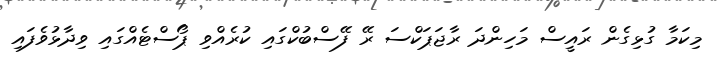
މިކަމާ ގުޅިގެން ރައީސް މަހިންދަ ރާޖަޕަކްސަ ރޭ ފޭސްބުކްގައި ކުރެއްވި ޕޯސްޓެއްގައި ވިދާޅުވެފައި